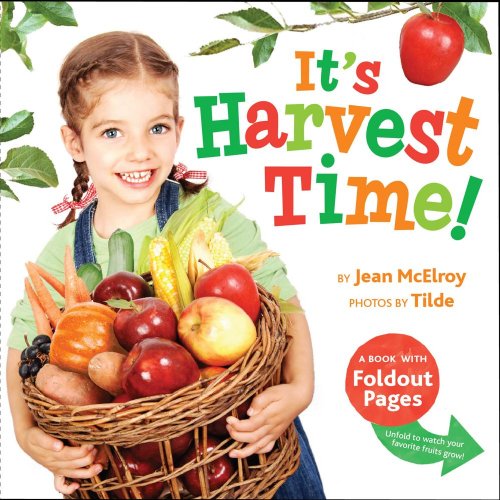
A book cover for It's Harvest Time!: A Book with Foldout Pages; Jean McElroy; Children's Books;